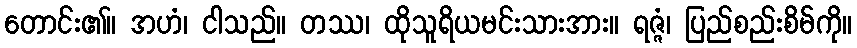
တောင်း၏။ အဟံ၊ ငါသည်။ တဿ၊ ထိုသူရိယမင်းသားအား။ ရဇ္ဇံ၊ ပြည်စည်းစိမ်ကို။